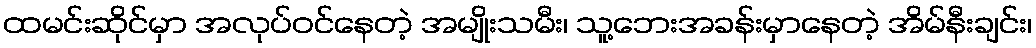
ထမင်းဆိုင်မှာ အလုပ်ဝင်နေတဲ့ အမျိုးသမီး၊ သူ့ဘေးအခန်းမှာနေတဲ့ အိမ်နီးချင်း၊